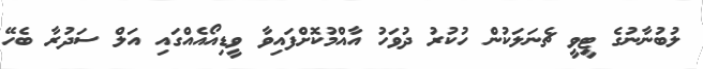
ލުބުނާނުގެ ޓީވީ ޗެނަލަކުން ހުކުރު ދުވަހު އާއްމުކޮށްފައިވާ ވީޑިއޯއެއްގައި އަލް ސަދުރާ ބެހޭ